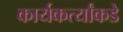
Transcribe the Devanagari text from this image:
कार्यकर्त्यांकडे